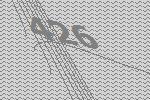
426